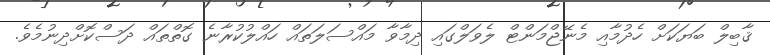
ޤާބިލް ބަޔަކަށް ހެދުމާއި މެނޭޖްމަންޓް ލެވަލްގައި ދިމާވާ މައްސަލަތައް ހައްލުކުރާނެ ގޮތްތައް ދަސްކޮށްދިނުމެވެ.